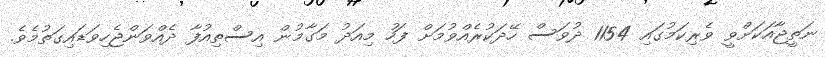
ނަތީޖާއަކަށްވީ ވެރިކަމުގައި 1154 ދުވަސް ހޭދަކުރެއްވުމަށް ފަހު މިއަދު މަގާމުން އިސްތިއުފާ ދެއްވަންޖެހިވަޑައިގަތުމެވެ.